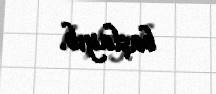
başlayıb.